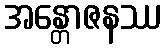
အန္တောဇနဿ